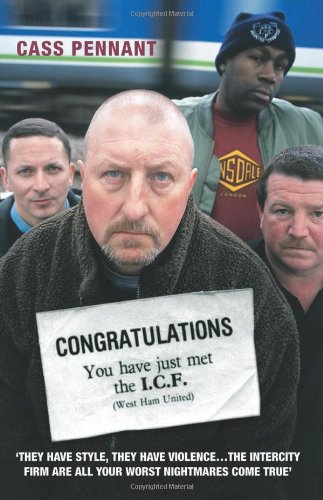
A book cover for Congratulations, You Have Just Met the I.C.F.; Cass Pennant; Biographies & Memoirs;